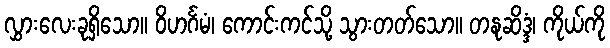
လွှားလေးခုရှိသော။ ဝိဟင်္ဂမံ၊ ကောင်းကင်သို့ သွားတတ်သော။ တနုဆိဒ္ဒံ၊ ကိုယ်ကို